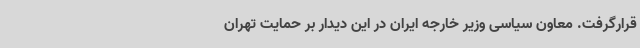
قرارگرفت. معاون سیاسی وزیر خارجه ایران در این دیدار بر حمایت تهران